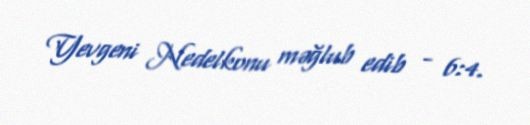
Yevgeni Nedelkonu məğlub edib - 6:4.